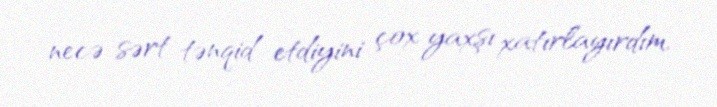
necə sərt tənqid etdiyini çox yaxşı xatırlayırdım.